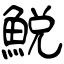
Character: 鮵